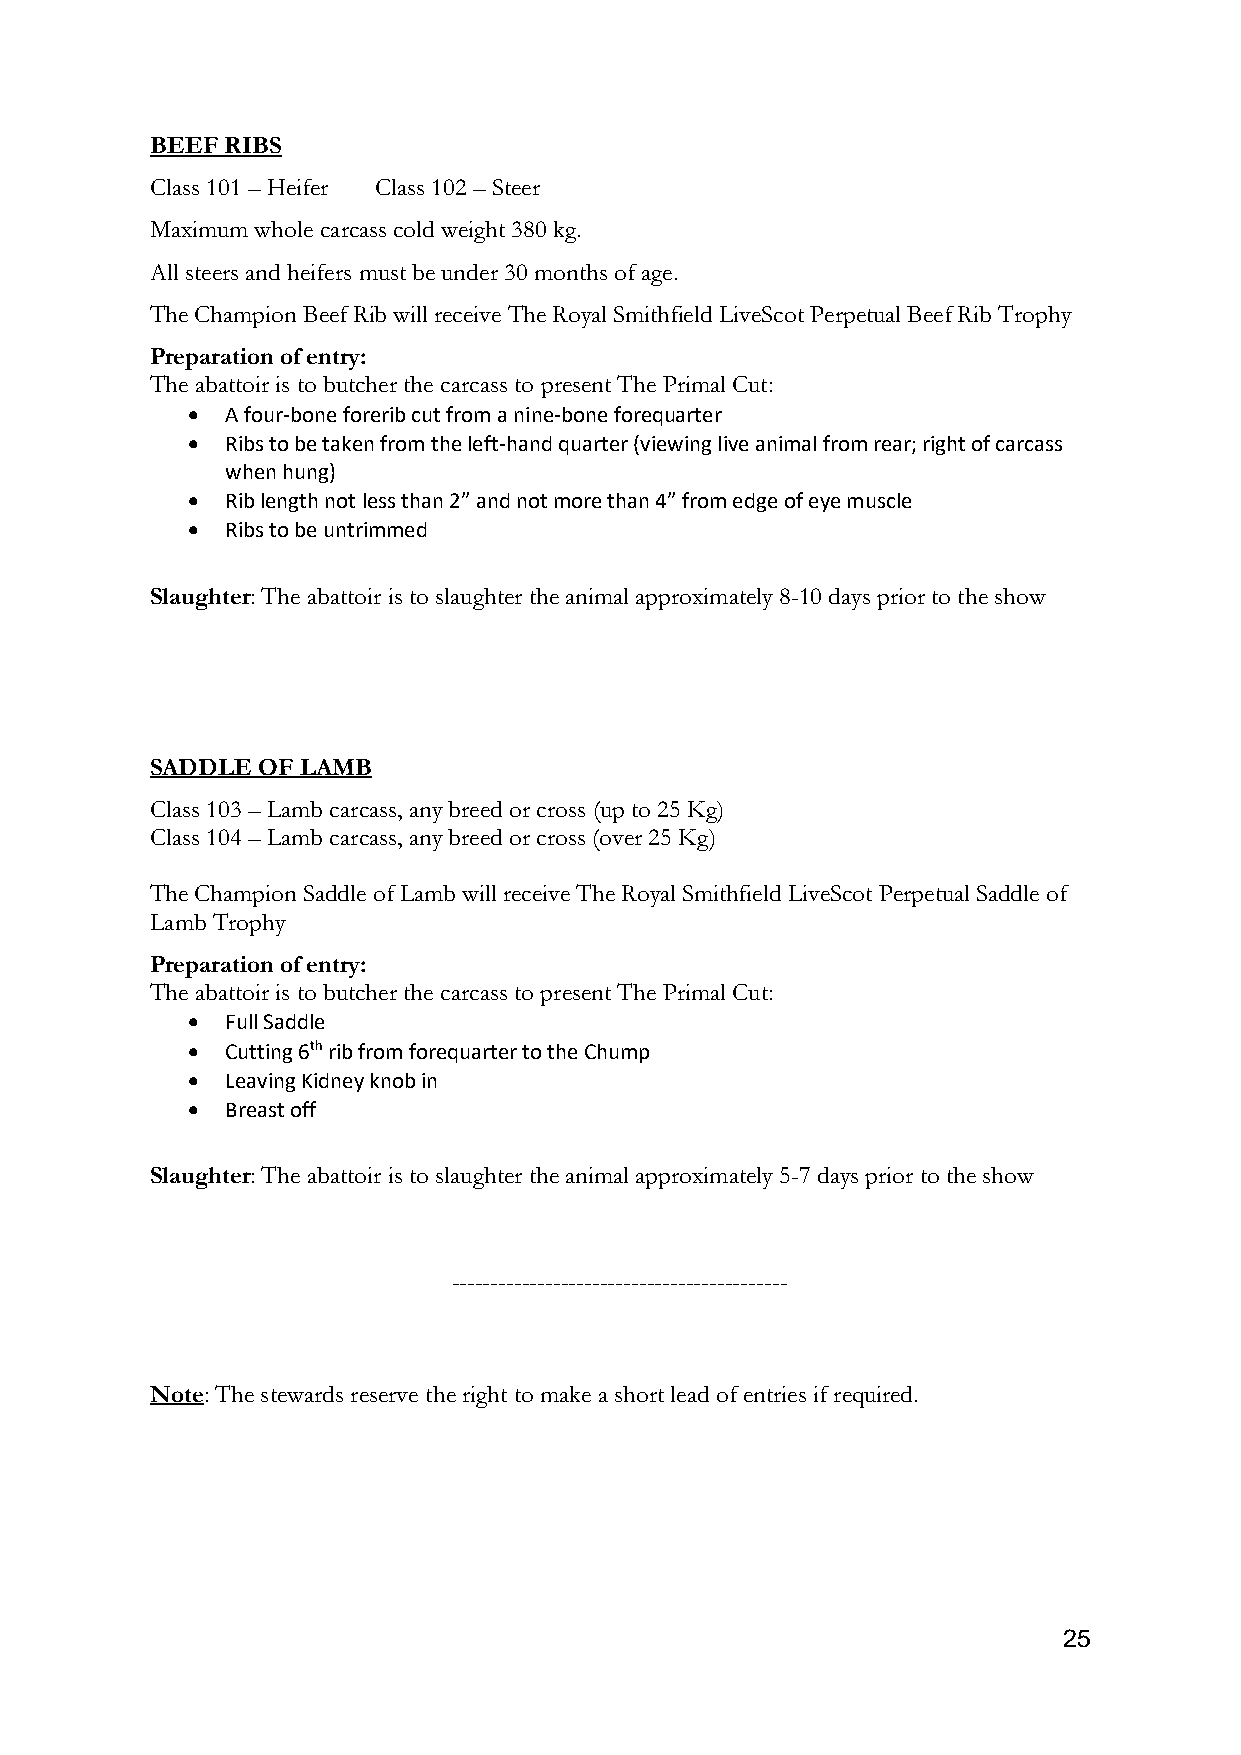
BEEF RIBS
 Class 101 – Heifer Class 102 – Steer
 Maximum whole carcass cold weight 380 kg.
 All steers and heifers must be under 30 months of age.
 The Champion Beef Rib will receive The Royal Smithfield LiveScot Perpetual Beef Rib Trophy
 Preparation of entry:
 The abattoir is to butcher the carcass to present The Primal Cut:
 •  A four-bone forerib cut from a nine-bone forequarter
 •  Ribs to be taken from the left-hand quarter (viewing live animal from rear; right of carcass
 when hung)
 •  Rib length not less than 2” and not more than 4” from edge of eye muscle
 •  Ribs to be untrimmed
 Slaughter: The abattoir is to slaughter the animal approximately 8-10 days prior to the show
 SADDLE OF LAMB
 Class 103 – Lamb carcass, any breed or cross (up to 25 Kg)
 Class 104 – Lamb carcass, any breed or cross (over 25 Kg)
 The Champion Saddle of Lamb will receive The Royal Smithfield LiveScot Perpetual Saddle of
 Lamb Trophy
 Preparation of entry:
 The abattoir is to butcher the carcass to present The Primal Cut:
 •  Full Saddle
 •  Cutting 6th rib from forequarter to the Chump
 •  Leaving Kidney knob in
 •  Breast off
 Slaughter: The abattoir is to slaughter the animal approximately 5-7 days prior to the show
 -------------------------------------------
 Note: The stewards reserve the right to make a short lead of entries if required.
 25